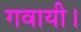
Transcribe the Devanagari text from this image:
गवायी।